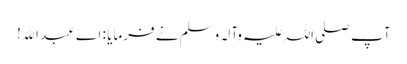
آپ صلی اللہ علیہ وآلہ وسلم نے فرمایا : اے عبد اﷲ!